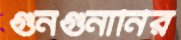
গুনগুনানির